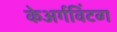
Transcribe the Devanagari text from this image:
केअर्गविंटव्ग